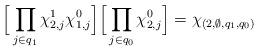
LaTeX: \begin{align*} \Big[\prod_{j\in q_1}\chi_{2,j}^{1}\chi_{1,j}^{0}\Big] \Big[\prod_{j\in q_0}\chi_{2,j}^{0}\Big] = \chi_{(2,\emptyset,q_1,q_0)}\end{align*}